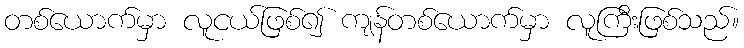
တစ်ယောက်မှာ လူငယ်ဖြစ်၍ ကျန်တစ်ယောက်မှာ လူကြီးဖြစ်သည်။